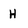
Character: H